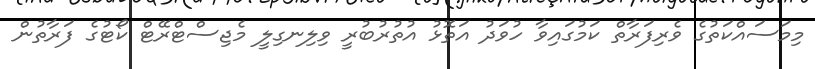
މިމަސައްކަތުގެ ވެރިފަރާތް ކަމުގައިވާ ހުވަދު އަތޮޅު އުތުރުބުރީ ވިލިނގިލީ މެޖިސްޓްރޭޓް ކޯޓުގެ ފަރާތުން